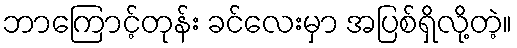
ဘာကြောင့်တုန်း ခင်လေးမှာ အပြစ်ရှိလို့တဲ့။